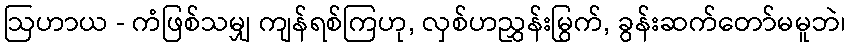
ဩဟာယ - ကံဖြစ်သမျှ ကျန်ရစ်ကြဟု, လှစ်ဟညွှန်းမြွက်, ခွန်းဆက်တော်မမူဘဲ၊